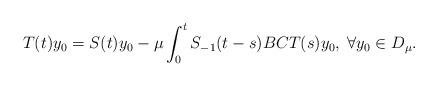
LaTeX: \begin{align*}T(t)y_0=S(t)y_0-\mu \int_0^t S_{-1}(t-s) BC T(s) y_0,\; \forall y_0\in D_\mu.\end{align*}